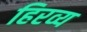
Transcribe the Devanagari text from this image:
हिरव्य